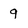
Character: 9